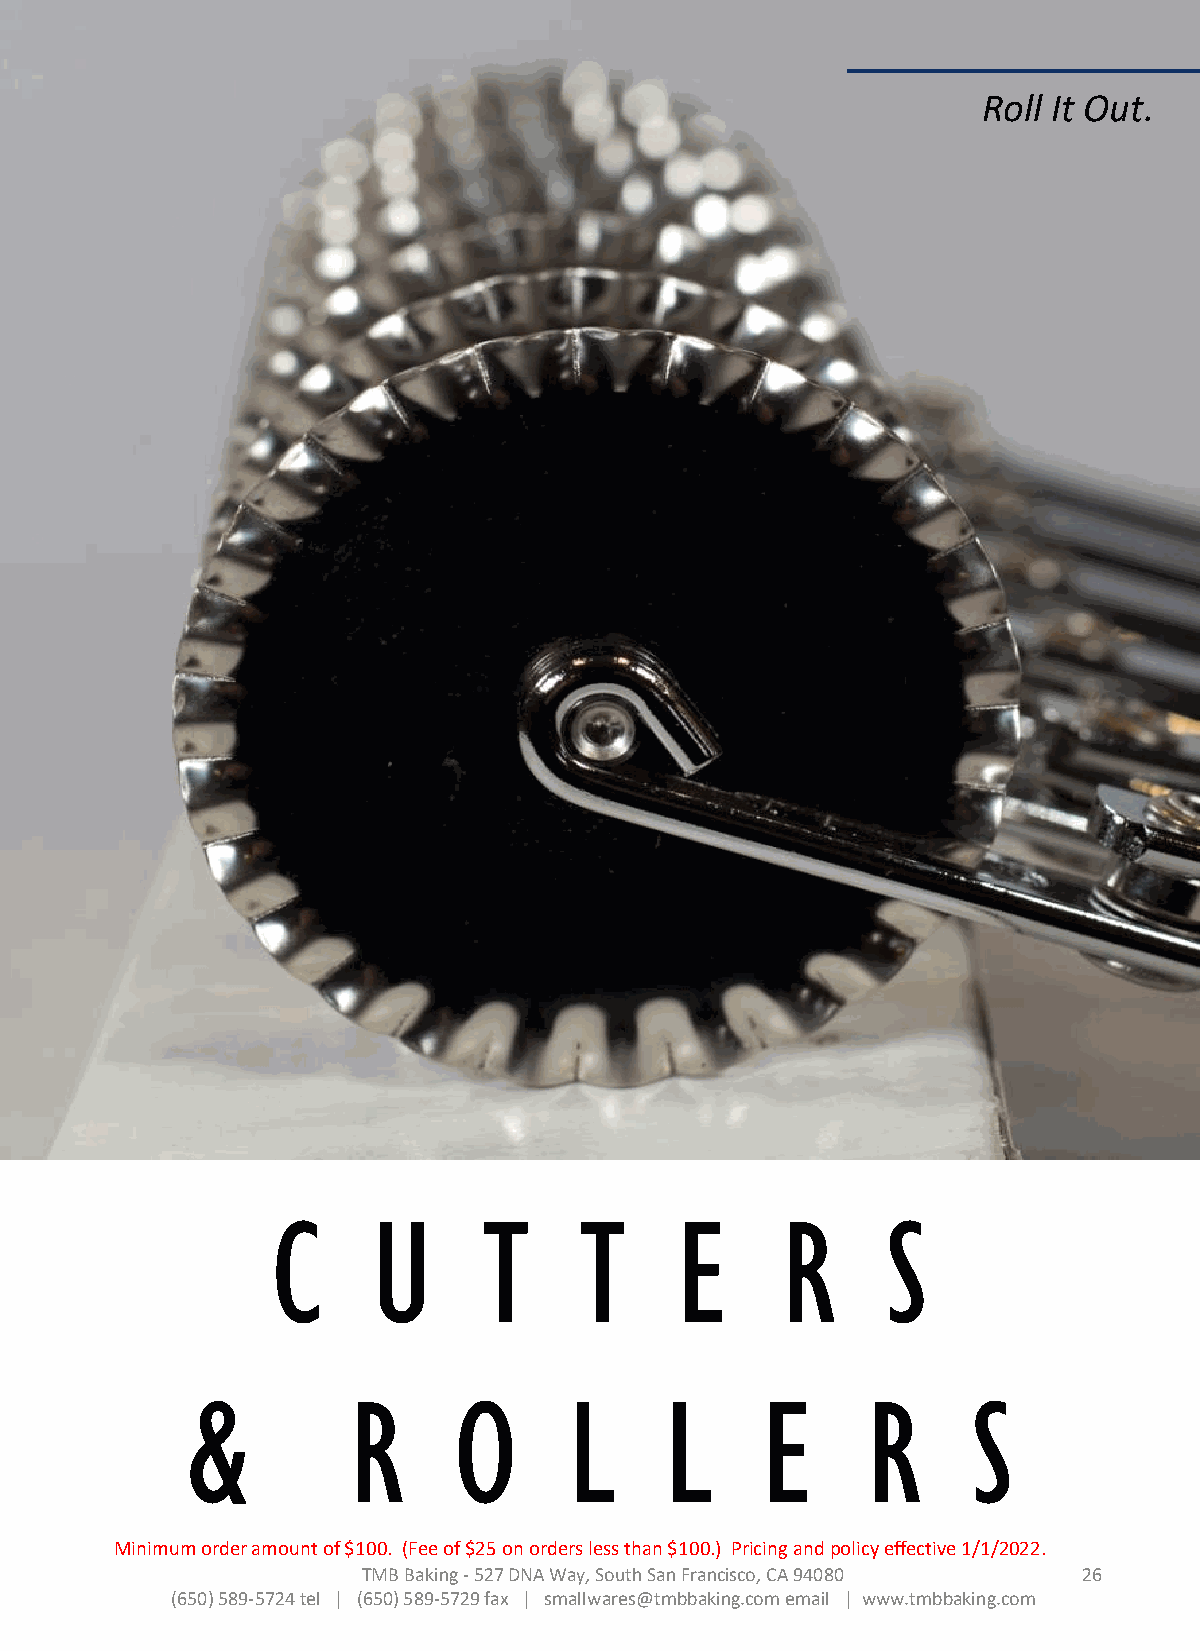
Roll It Out.
 C      U      T     T      E      R      S
 &          R      O       L     L     E      R      S
 Minimum order amount of $100. (Fee of $25 on orders less than $100.) Pricing and policy effective 1/1/2022.
 TMB Baking -527 DNA Way, South San Francisco, CA 94080 26
 (650) 589-5724 tel | (650) 589-5729 fax | smallwares@tmbbaking.com email | www.tmbbaking.com